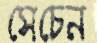
সেচেন